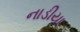
નાડીયા